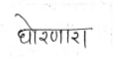
मजकूर: घोरणारा